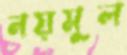
নয়মুল